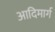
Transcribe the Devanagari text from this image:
आदिमार्ग